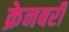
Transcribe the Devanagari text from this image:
क्रेनबरी